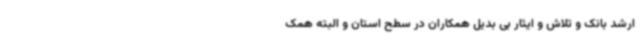
ارشد بانک و تلاش و ایثار بی بدیل همکاران در سطح استان و البته همک